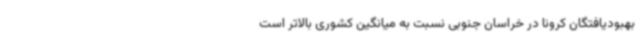
بهبودیافتگان کرونا در خراسان جنوبی نسبت به میانگین کشوری بالاتر است